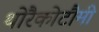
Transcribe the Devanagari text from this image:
थोरैकोटौमी